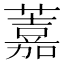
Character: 䕒